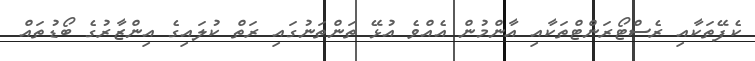
ކެފޭތަކާއި ރެސްޓޯރަންޓްތަކާއި އާންމުން އެއްވެ އުޅޭ ތަންތަނުގައި ރަތް ކުލައިގެ އިންޒާރުގެ ބޯޑުތައް